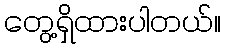
တွေ့ရှိထားပါတယ်။